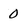
Character: 0